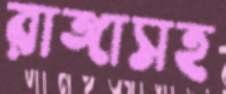
রাঙ্গাসহ